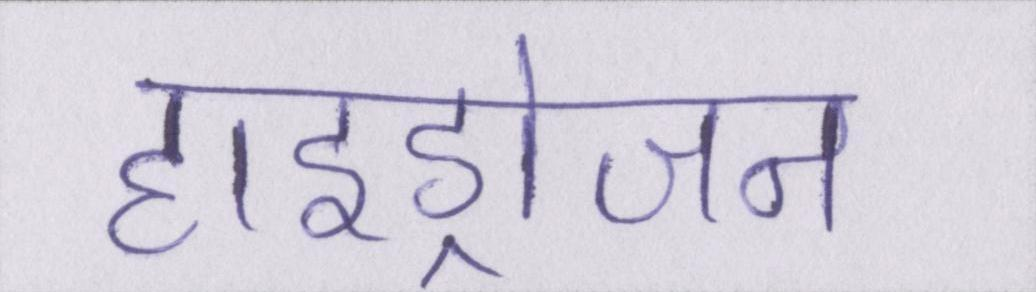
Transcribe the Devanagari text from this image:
हाइड्रोजन